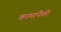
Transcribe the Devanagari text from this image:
कामांपैकी